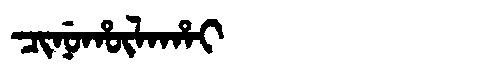
Manchu: ᠴᡳᠨᡠᡥᡡᠯᠠᡥᠠᡳ
Romanization: CINUHŪLAHAI